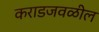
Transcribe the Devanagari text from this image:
कराडजवळील